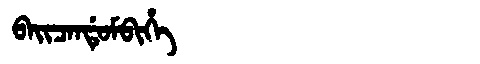
Manchu: ᠪᠠᡳᠴᠠᠨᡩᡠᠮᠪᡳᡥᡝ
Romanization: BAICANDUMBIHE